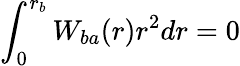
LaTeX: \int_{0}^{r_{b}}W_{ba}(r)r^{2}dr=0